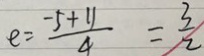
e = \frac { - 5 + 1 1 } { 4 } = \frac { 3 } { 2 }